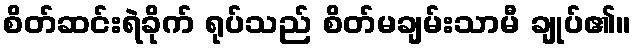
စိတ်ဆင်းရဲခိုက် ရုပ်သည် စိတ်မချမ်းသာမီ ချုပ်၏။